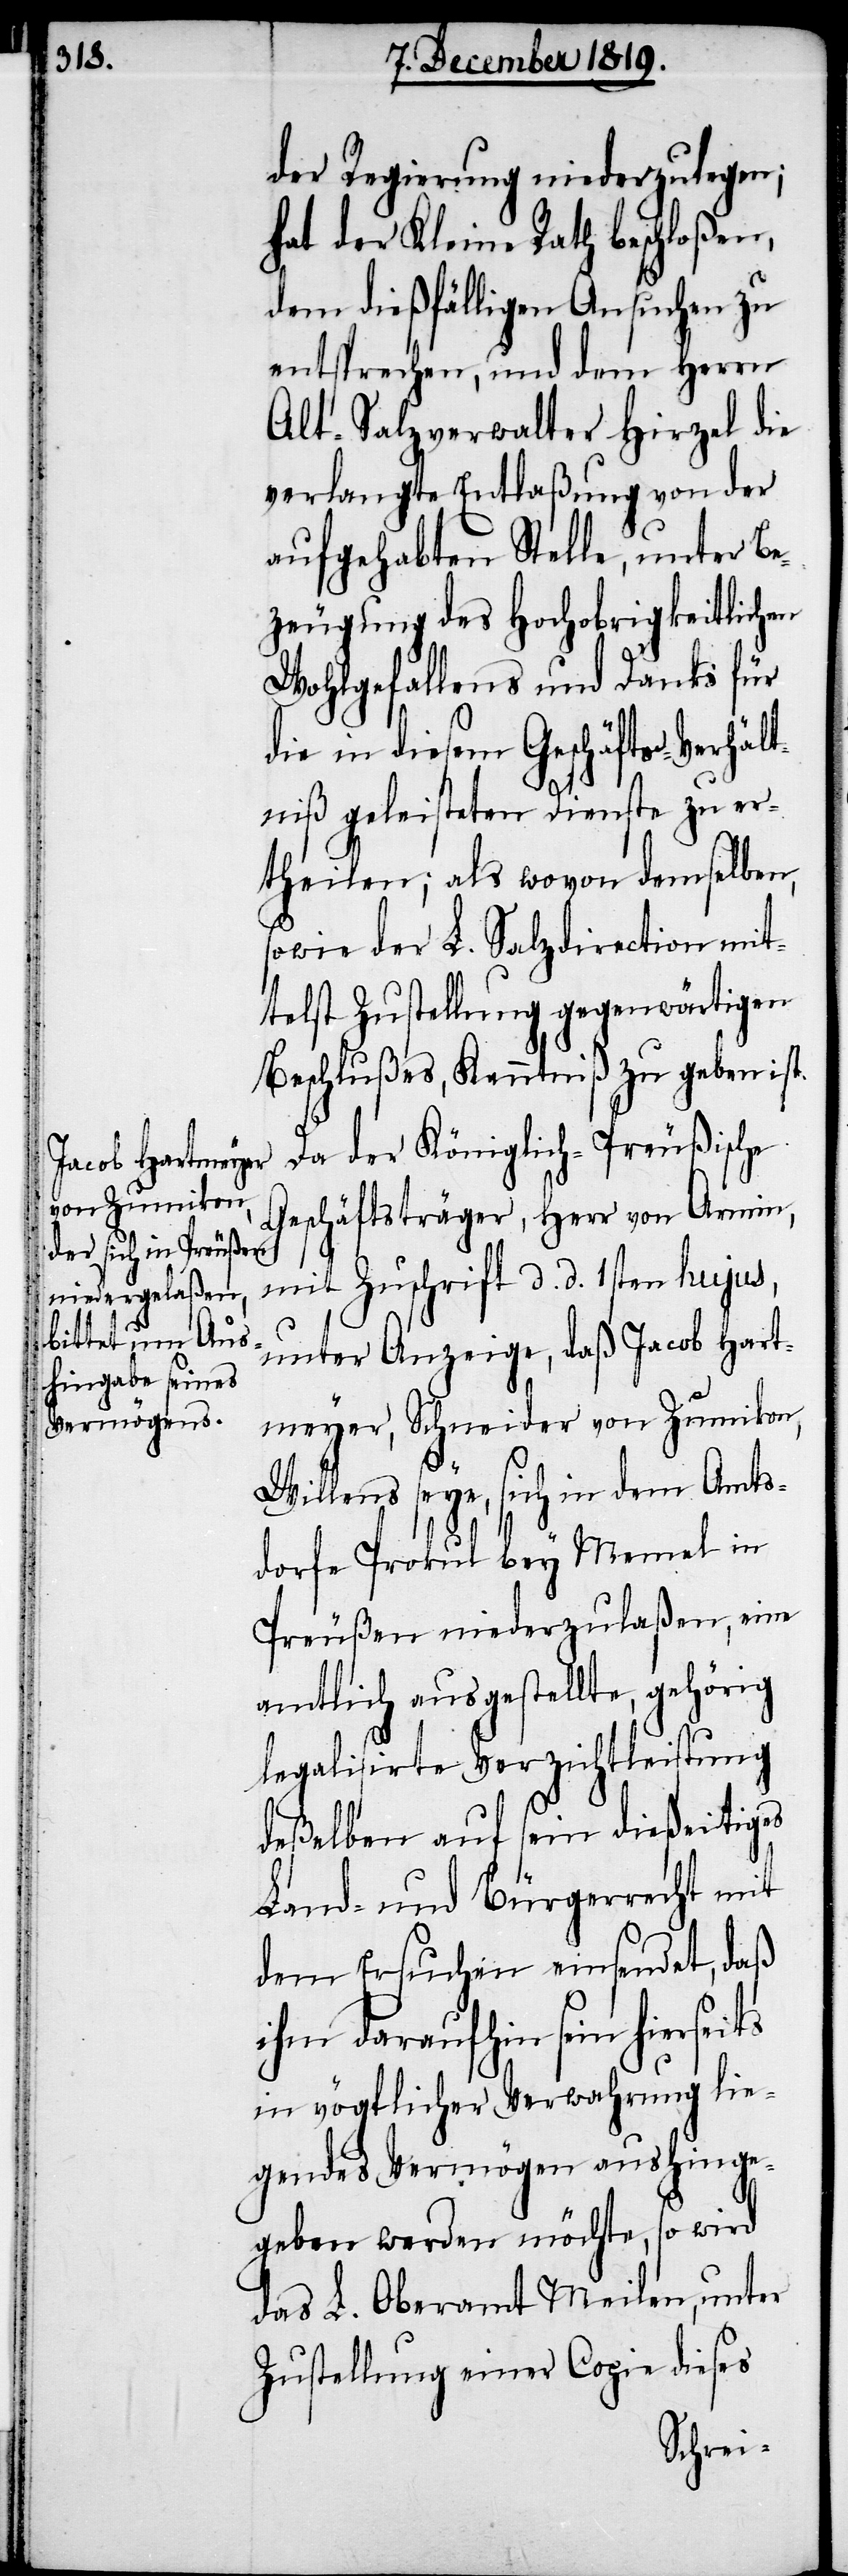
der Regierung niederzulegen;
hat der Kleine Rath beschloßen,
dem dießfälligen Ansuchen zu
entsprechen, und dem Herrn
Alt-Salzverwalter Hirzel die
verlangte Entlaßung von der
aufgehabten Stelle, unter Be¬
zeugung des Hochobrigkeitlichen
Wohlgefallens und Danks für
die in diesem Geschäfts-Verhält¬
niß geleisteten Dienste zu er¬
theilen; als wovon demselben,
sowie der L. Salzdirection mit¬
telst Zustellung gegenwärtigen
Beschlußes, Kenntniß zu geben ist.
Da der Königlich-Preußische
Geschäftsträger, Herr von Armin,
mit Zuschrift d. d. 1sten hujus,
unter Anzeige, daß Jacob Hart¬
meyer, Schneider von Zumikon,
Willens seye, sich in dem Amts¬
dorfe Prokul bey Memel in
Preußen niederzulaßen, eine
amtlich ausgestellte, gehörig
legalisirte Verzichtleistung
deßelben auf sein dießeitiges
Land- und Bürgerrecht mit
dem Ersuchen einsendet, daß
ihm daraufhin sein hierseits
in vögtlicher Verwahrung lie¬
gendes Vermögen aushinge¬
geben werden möchte, so wird
das L. Oberamt Meilen, unter
Zustellung einer Copie dieses